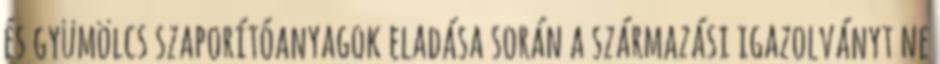
és gyümölcs szaporítóanyagok eladása során a származási igazolványt ne